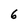
Character: 6